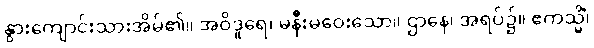
နွားကျောင်းသားအိမ်၏။ အဝိဒူရေ၊ မနီးမဝေးသော။ ဌာနေ၊ အရပ်၌။ ဧကသ္မိံ၊